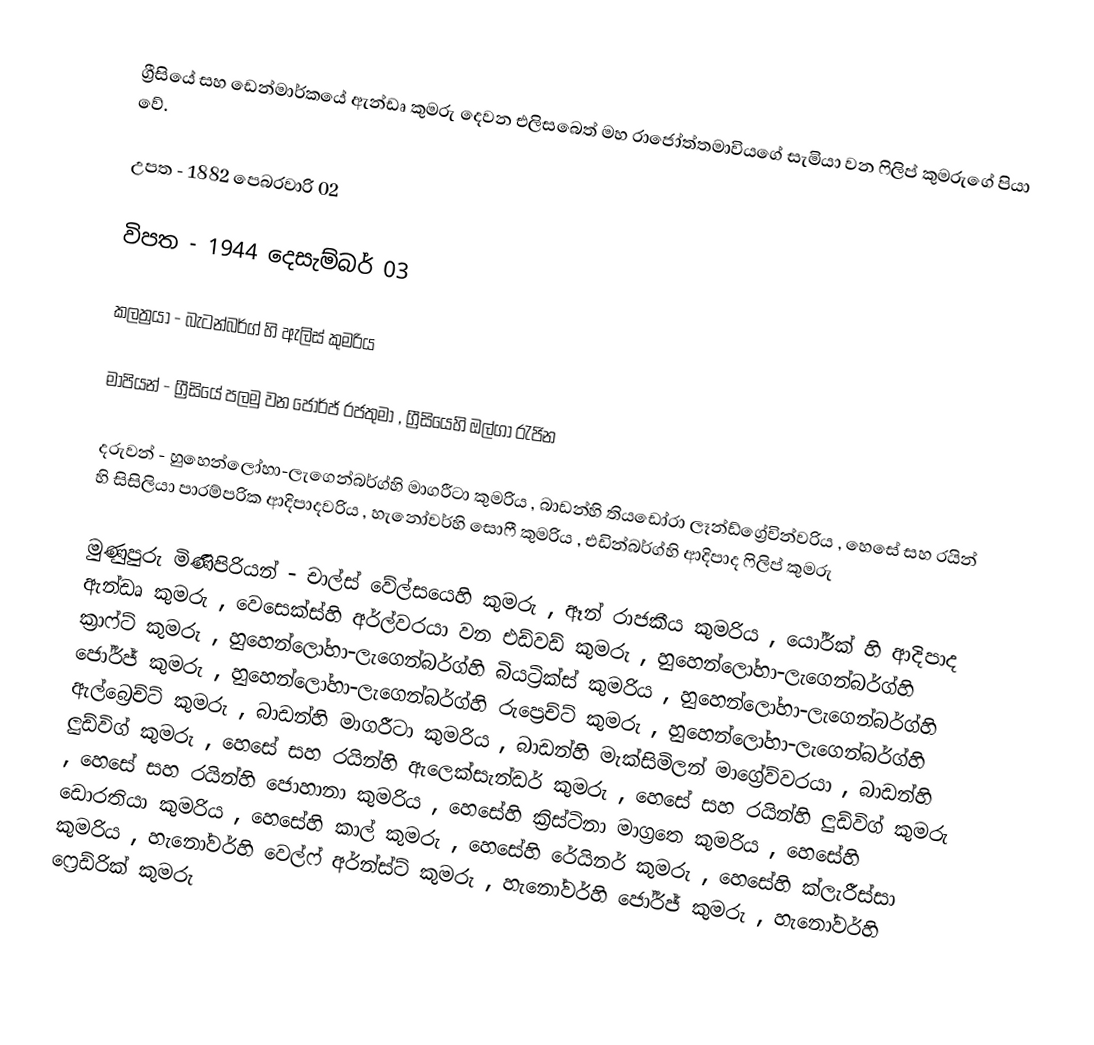
ග්‍රීසියේ සහ ඩෙන්මාර්කයේ ඇන්ඩෘ කුමරු දෙවන එලිසබෙත් මහ රාජෝත්තමාවියගේ සැමියා වන ෆිලිප් කුමරුගේ පියා වේ.

උපත - 1882 පෙබරවාරි 02

විපත - 1944 දෙසැම්බර් 03

කලත්‍රයා - බැටන්බර්ග් හි ඇලිස් කුමරිය

මාපියන් - ග්‍රීසියේ පලමු වන ජෝර්ජ් රජතුමා , ග්‍රීසියෙහි ඔල්ගා රැජින

දරුවන් - හුහෙන්ලෝහා-ලැගෙන්බර්ග්හි මාගරීටා  කුමරිය , බාඩන්හි තියඩෝරා ලෑන්ඩ්ග්‍රේවින්වරිය , හෙසේ සහ රයින් හි සිසිලියා පාරම්පරික ආදිපාදවරිය , හැනෝවර්හි සොෆී කුමරිය , එඩින්බර්ග්හි ආදිපාද ෆිලිප් කුමරු

මුණුපුරු මිණිපිරියන් - චාල්ස් වේල්සයෙහි කුමරු , ඈන් රාජකීය කුමරිය , යෝර්ක් හි ආදිපාද ඇන්ඩෘ කුමරු , වෙසෙක්ස්හි අර්ල්වරයා වන එඩ්වඩ් කුමරු , හුහෙන්ලෝහා-ලැගෙන්බර්ග්හි ක්‍රාෆ්ට් කුමරු , හුහෙන්ලෝහා-ලැගෙන්බර්ග්හි බියට්‍රික්ස් කුමරිය , හුහෙන්ලෝහා-ලැගෙන්බර්ග්හි ජෝර්ජ් කුමරු , හුහෙන්ලෝහා-ලැගෙන්බර්ග්හි රුප්‍රෙච්ට් කුමරු , හුහෙන්ලෝහා-ලැගෙන්බර්ග්හි ඇල්බ්‍රෙච්ට් කුමරු , බාඩන්හි මාගරීටා කුමරිය , බාඩන්හි මැක්සිමිලන් මාග්‍රේව්වරයා ,  බාඩන්හි ලුඩ්විග් කුමරු , හෙසේ සහ රයින්හි ඇලෙක්සැන්ඩර් කුමරු , හෙසේ සහ රයින්හි ලුඩ්විග් කුමරු , හෙසේ සහ රයින්හි ජොහානා කුමරිය , හෙසේහි ක්‍රිස්ටිනා මාග්‍රතෙ කුමරිය , හෙසේහි ඩොරතියා කුමරිය , හෙසේහි කාල් කුමරු , හෙසේහි රේයිනර් කුමරු , හෙසේහි ක්ලැරීස්සා කුමරිය , හැනෝවර්හි වෙල්ෆ් අර්න්ස්ට් කුමරු , හැනෝවර්හි ජෝර්ජ් කුමරු , හැනෝවර්හි ෆ්‍රෙඩ්රික් කුමරු